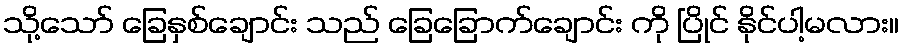
သို့သော် ခြေနှစ်ချောင်း သည် ခြေခြောက်ချောင်း ကို ပြိုင် နိုင်ပါ့မလား။